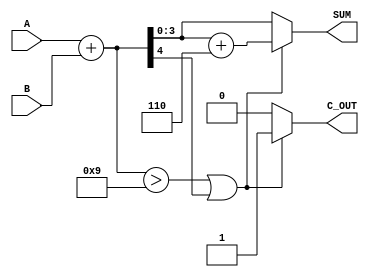
module BCD_Adder (
    input  wire [3:0] A,      // First BCD digit
    input  wire [3:0] B,      // Second BCD digit
    output reg  [3:0] SUM,    // Resultant BCD digit
    output reg        C_OUT    // Carry-out signal
);

    // Intermediate signals
    wire [4:0] binary_sum;     // 5-bit to hold the sum
    wire correction_needed;     // Signal to indicate if correction is needed

    // Step 1: Binary Addition
    assign binary_sum = A + B; // Add the two BCD digits

    // Step 2: BCD Correction
    assign correction_needed = (binary_sum > 9) || (binary_sum[4]); // Check if correction is needed

    always @(*) begin
        if (correction_needed) begin
            // If correction is needed, add 6 (0110 in binary)
            SUM = binary_sum + 5'b00110; // Correct the sum
            C_OUT = 1'b1; // Set carry-out
        end else begin
            SUM = binary_sum[3:0]; // No correction needed, take the lower 4 bits
            C_OUT = 1'b0; // No carry-out
        end
    end

endmodule